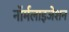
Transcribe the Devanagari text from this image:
नॉर्मलाइजेशन